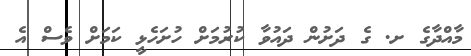
މާއްދާގެ ށ. ގެ ދަށުން ދައުވާ ކުރުމަށް ހުށަހެޅީ ކަމަށް ވެސް އެ